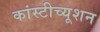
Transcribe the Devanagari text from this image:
कांस्टीच्यूशन